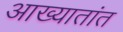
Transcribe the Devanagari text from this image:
आख्यातांत